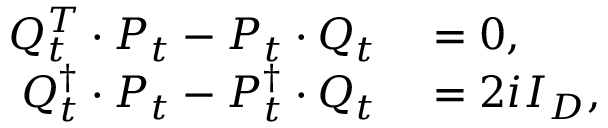
\begin{array} { r l } { Q _ { t } ^ { T } \cdot P _ { t } - P _ { t } \cdot Q _ { t } } & { { } = 0 , } \\ { Q _ { t } ^ { \dagger } \cdot P _ { t } - P _ { t } ^ { \dagger } \cdot Q _ { t } } & { { } = 2 i I _ { D } , } \end{array}